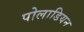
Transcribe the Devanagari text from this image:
पोलाडियन